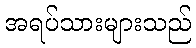
အရပ်သားများသည်